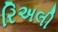
રિઅલી